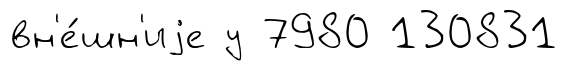
вн'е́шн'иjе у 7980 130831